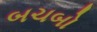
બચબો